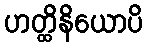
ဟတ္ထိနိယောပိ